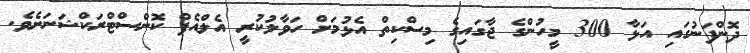
ދޮންފަނުގައި އަޅާ 300 މީހުންގެ ޖާގައިގެ މިސްކިތް އެޅުމަށް ހަވާލުކުރީ އެލްއެފް ކޮންސްޓްރަކްޝަނަށެވެ.